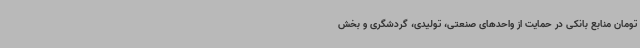
تومان منابع بانکی در حمایت از واحدهای صنعتی، تولیدی، گردشگری و بخش